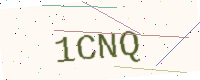
Text: 1CNQ